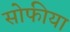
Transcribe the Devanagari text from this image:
सोफीया